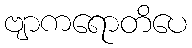
ဗျာကရောတိပေ